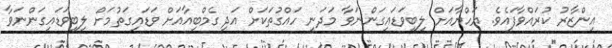
އިންޒާރު ކުރައްވާފައެވެ. ޔަހްޔާއަށް ލިބިވަޑައިގަންނަވާ މަދަނީ ހައްގުތަކަށް އަދި ގެމްބިއާއަށް ވަޑައިގަތުމަށް ލިބިވަޑައިގަންނަވާ